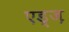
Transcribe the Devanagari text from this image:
एड्ज़